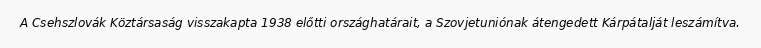
A Csehszlovák Köztársaság visszakapta 1938 előtti országhatárait, a Szovjetuniónak átengedett Kárpátalját leszámítva.